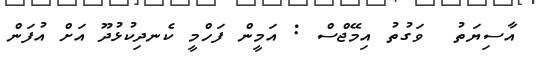
އާސިޔަތު  ވަގުތު އިމޭޖްސް : އަމީން ފަހްމީ ކެނދިކުޅުދޫ އަށް އުފަން